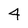
Character: 4